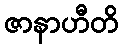
ဇာနာဟီတိ